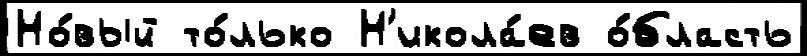
Но́вый то́лько Н'икола́ев о́бласть